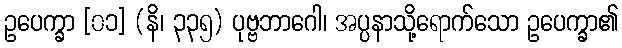
ဥပေက္ခာ [၀၁] (နိ၊ ၃၃၅) ပုဗ္ဗဘာဂေါ၊ အပ္ပနာသို့ရောက်သော ဥပေက္ခာ၏